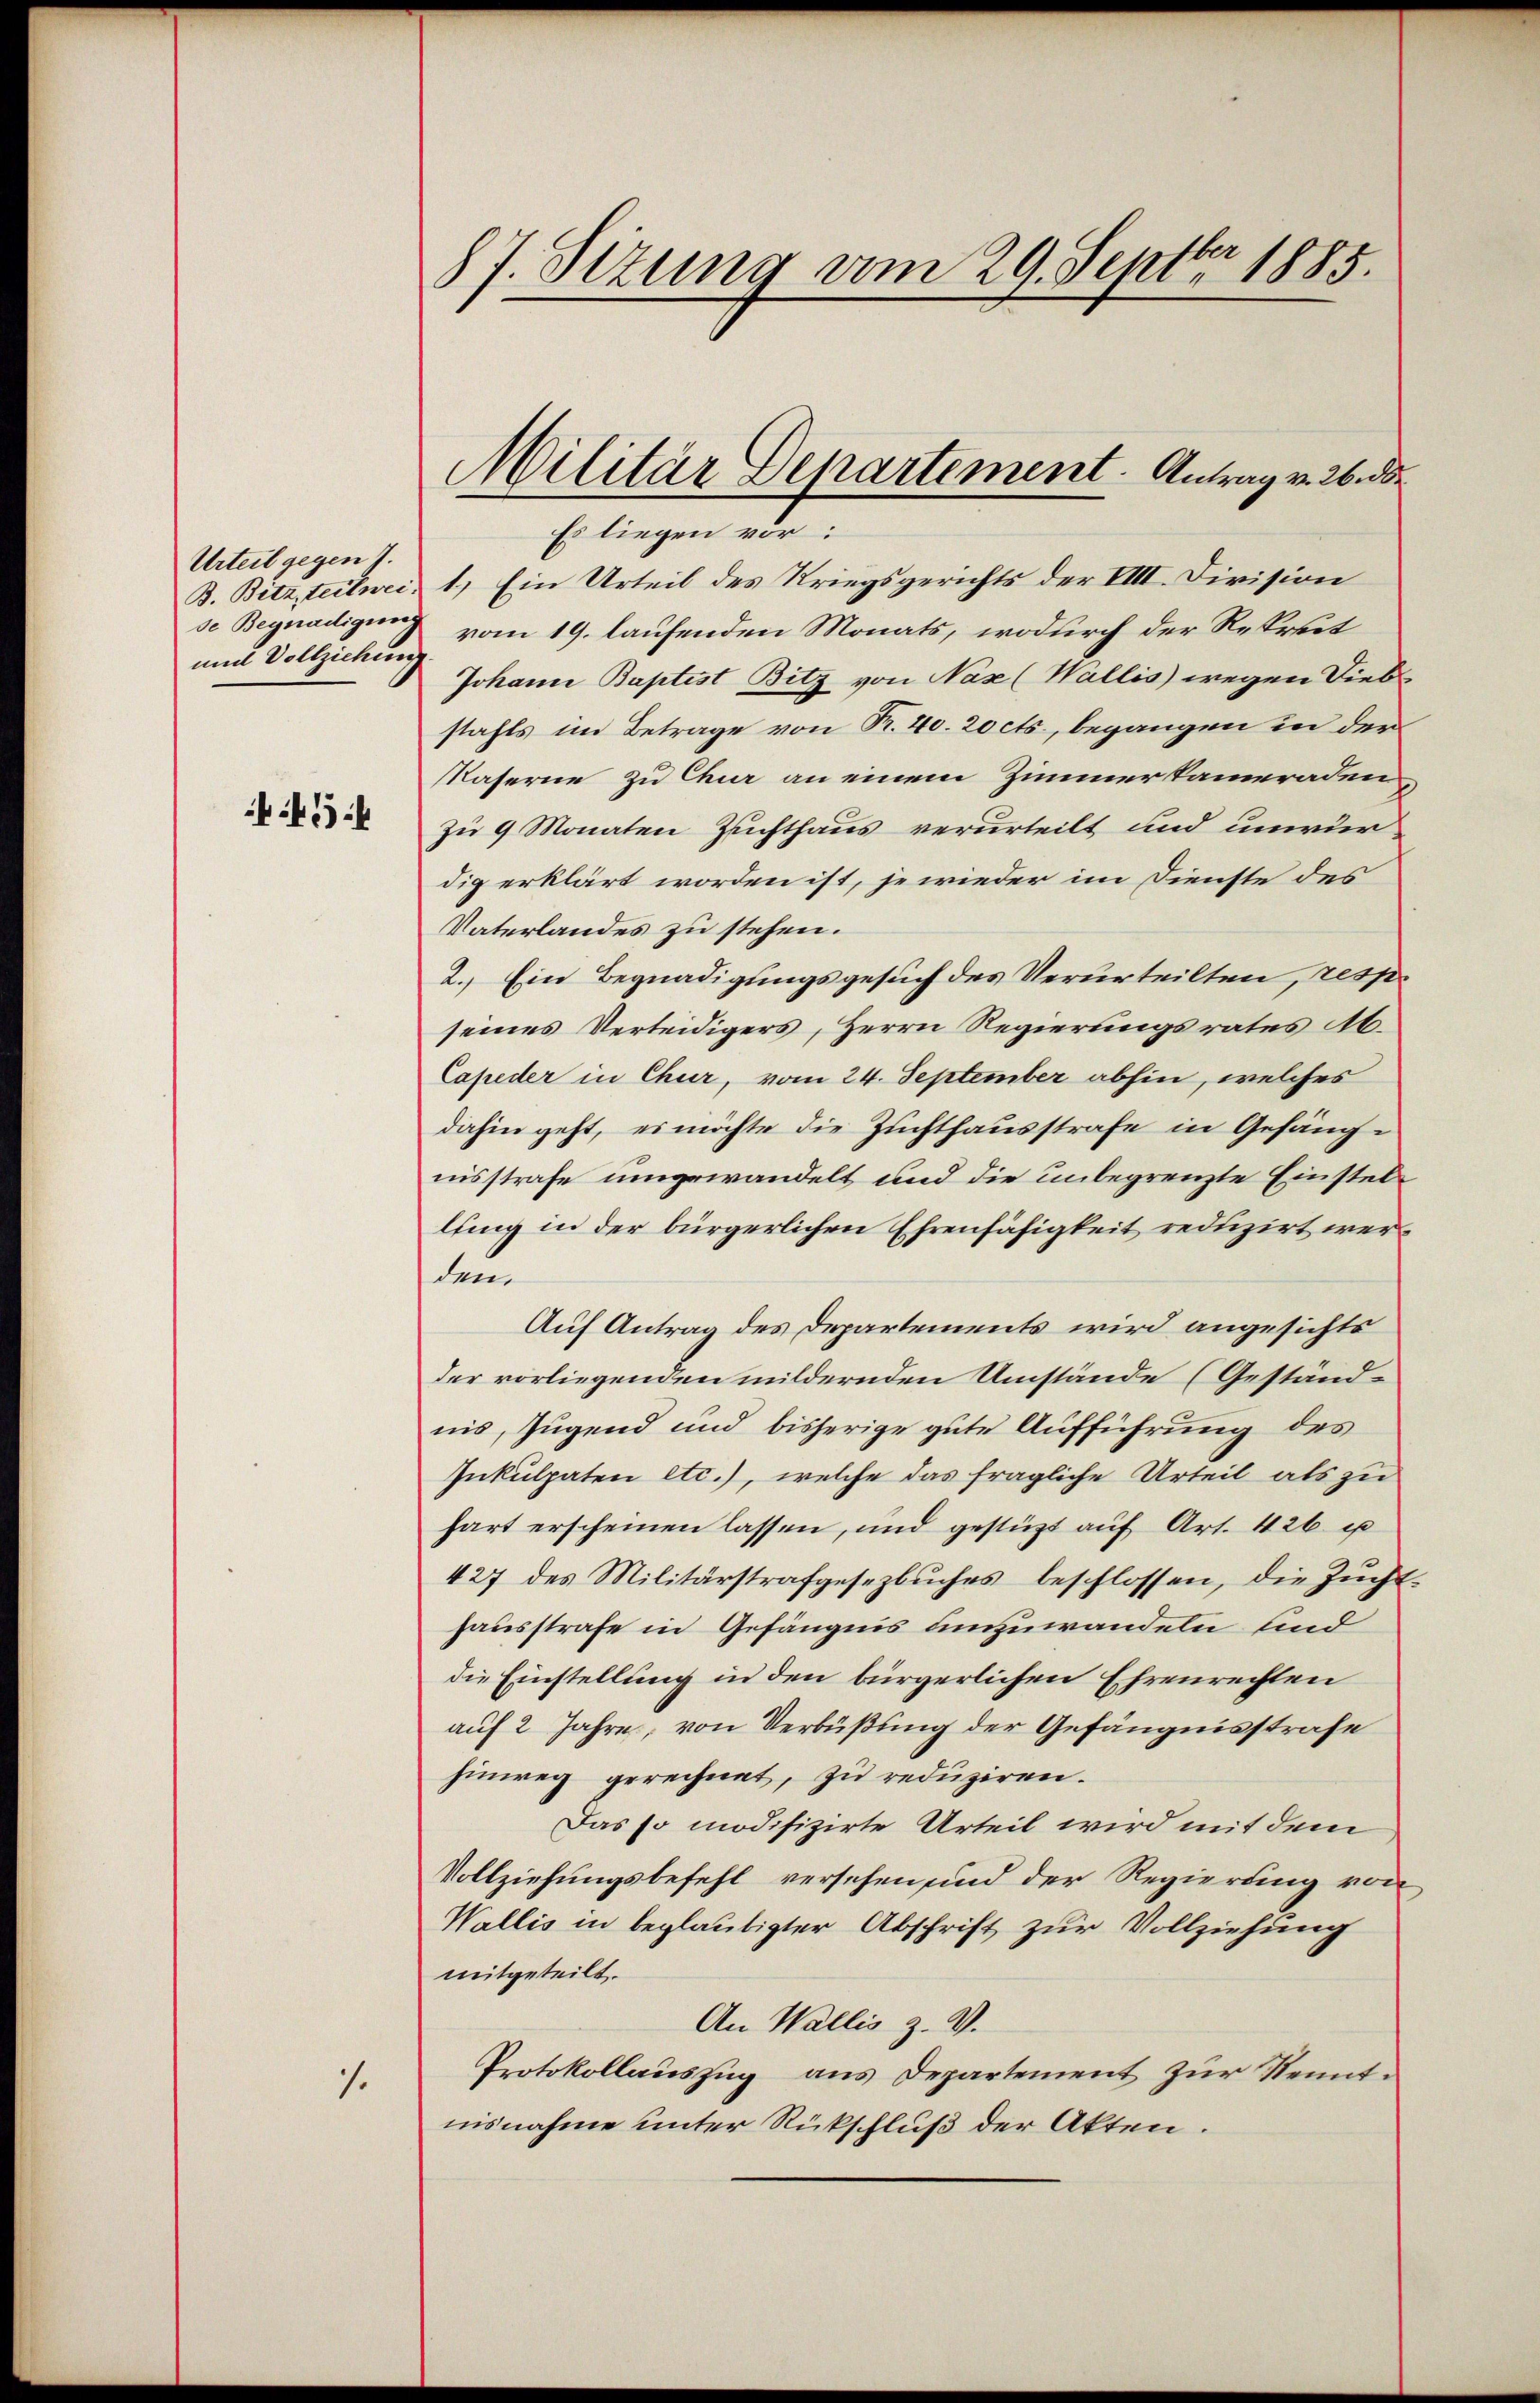
Urteil gegen 7.
B. Bitz, teilweise Begnadigung
und Vollziehung

1.

87. Sizung vom 29. Septbr 1885.

Militär Departement. Antrag v. 26. d.
Es liegen vor:

1.) Ein Urteil des Kriegsgerichts der VIII. Division
vom 19. laufenden Monats, wodurch der Repret
Johann Baptist Bitz von Naz (Wallis wegen Diebstahls im Betrage von R. 40. 20 cts., begangen in der
Kaserne zu Chur an einem Zimmer kameraden,
zu 9 Monaten Zuchthaus verurteilt und unwür
dig erklärt worden ist, je wieder im Dienste des
Vaterlandes zu stehen.
2. Ein Begnadigungsgesuch des Verurteilten, resp.
seines Verteidigers, Herrn Regierungsrates Ab.
Capeder in Chur, vom 24. September abhin, welches
dahin geht, es möchte die Zuchthausstrafe in Gefängiisstrafe umgewandelt und die unbegrenzte Einstellting in der bürgerlichen Ehrenfähigkeit reduzirt werdem
Auf Antrag des Departements wird angesichts
der vorliegenden mildernden Umstände (Geständ-
nis, Jugend und bisherige gute Aufführung des
Inkulpaten etc.), welche das fragliche Urteil als zu
hart erscheinen lassen, und gestützt auf Art. 426 u
427 des Militärstrafgesezbŭches beschlossen, die Zŭcht-
hausstrafe in Gefängnis umzuwandeln und
die Einstellung in den bürgerlichen Ehrenrechten
auf 2 Jahre, von Verbüßung der Gefängnisstrafe
hinweg gerechnet, zu reduziren.
Das so modifizirte Urteil wird mit dem
Vollziehungsbefehl versehen sind der Regierung von
Wallis in beglaubigter Abschrift zur Vollziehung
mitgeteilt.
An Wallis z. V.
Protokollauszug aus Departement zur Kenntnisnahme unter Rückschluß der Akten.